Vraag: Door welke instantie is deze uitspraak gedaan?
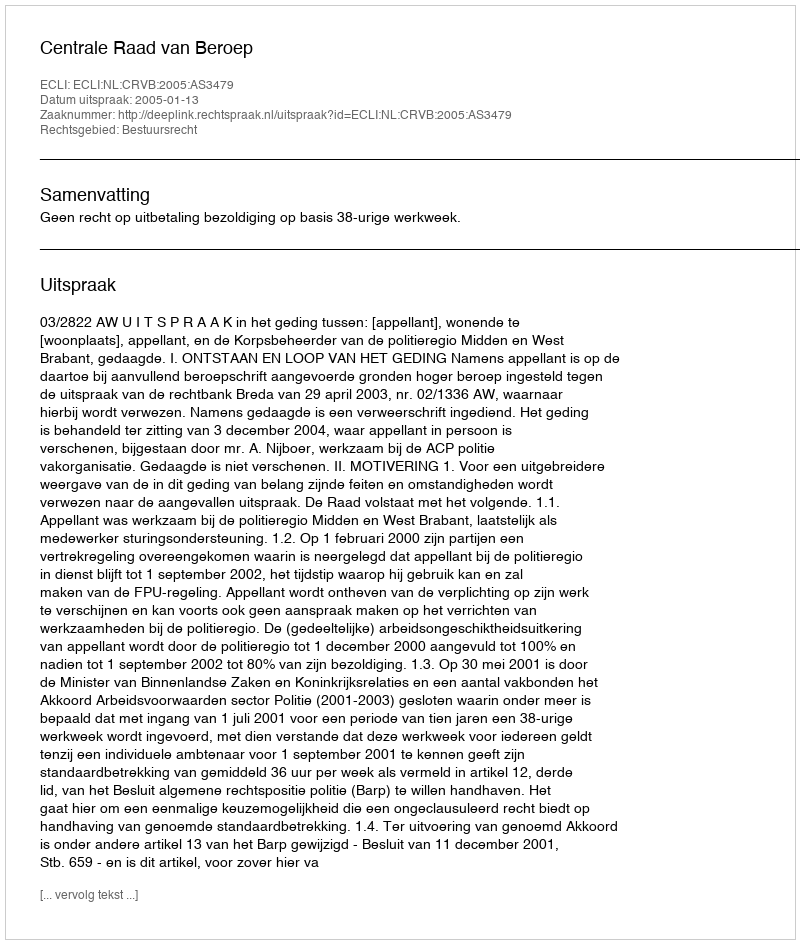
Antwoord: Centrale Raad van Beroep